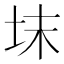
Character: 𡊉